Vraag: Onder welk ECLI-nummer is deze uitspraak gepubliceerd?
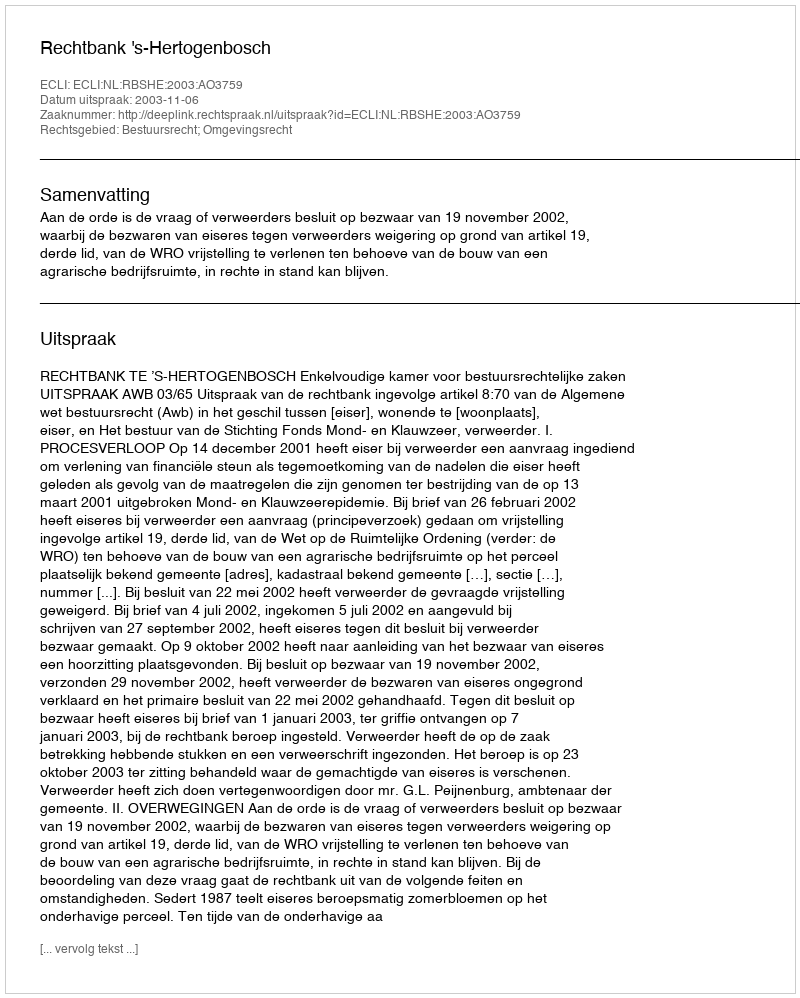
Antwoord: ECLI:NL:RBSHE:2003:AO3759